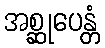
အစ္ဆုပေန္တံ